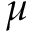
\mu